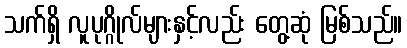
သက်ရှိ လူပုဂ္ဂိုလ်များနှင့်လည်း တွေ့ဆုံ မြစ်သည်။